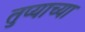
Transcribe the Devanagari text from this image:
तुप्याच्या